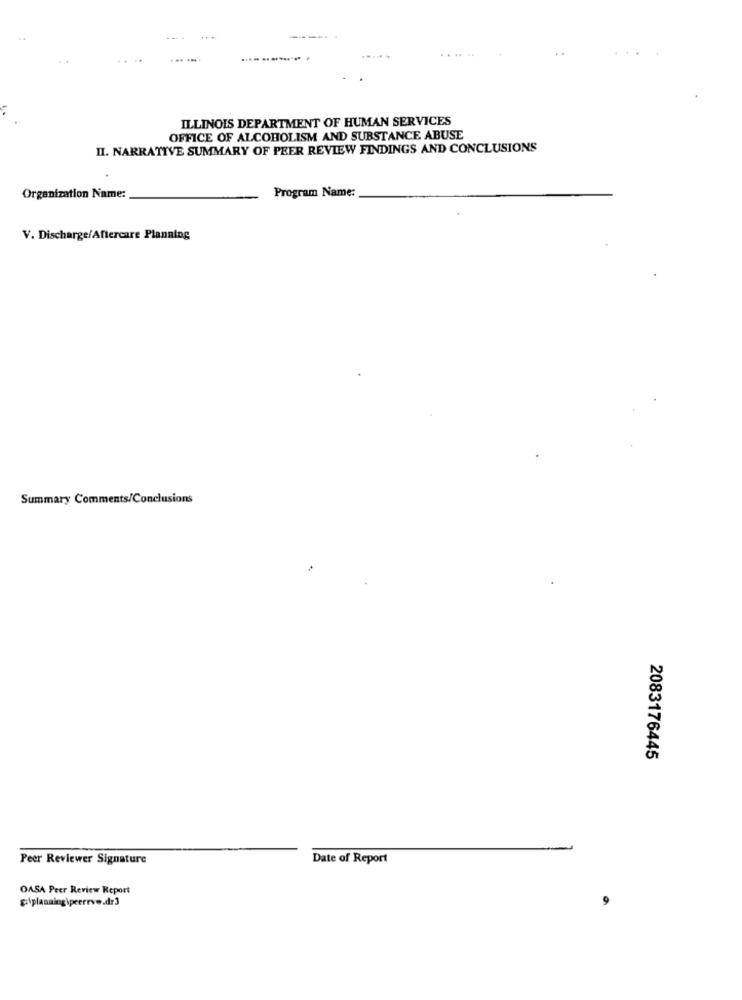
......
ILLINOIS DEPARTMENT OF HUMAN SERVICES
OFFICE OF ALCOHOLISM AND SUBSTANCE ABUSE
II. NARRATIVE SUMMARY OF PEER REVIEW FINDINGS AND CONCLUSIONS
Organization Name:
Program Name:
V. Discharge/Aftercare Planning
Summary Comments/Conclusions
2083176445
Peer Reviewer Signature
Date of Report
OASA Peer Review Report
galplanning \peerrye.dr3